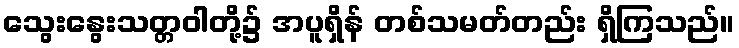
သွေးနွေးသတ္တဝါတို့၌ အပူရှိန် တစ်သမတ်တည်း ရှိကြသည်။